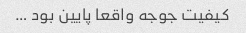
کیفیت جوجه واقعا پایین بود …